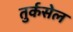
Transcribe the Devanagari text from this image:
तुर्कसेल